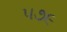
૫૭૯